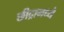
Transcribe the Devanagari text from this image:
छीद्रामध्ये